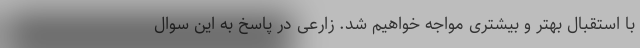
با استقبال بهتر و بیشتری مواجه خواهیم شد. زارعی در پاسخ به این سوال